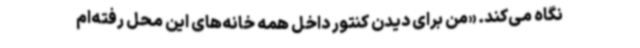
نگاه می‌کند. «من برای دیدن کنتور داخل همه خانه‌های این محل رفته‌ام